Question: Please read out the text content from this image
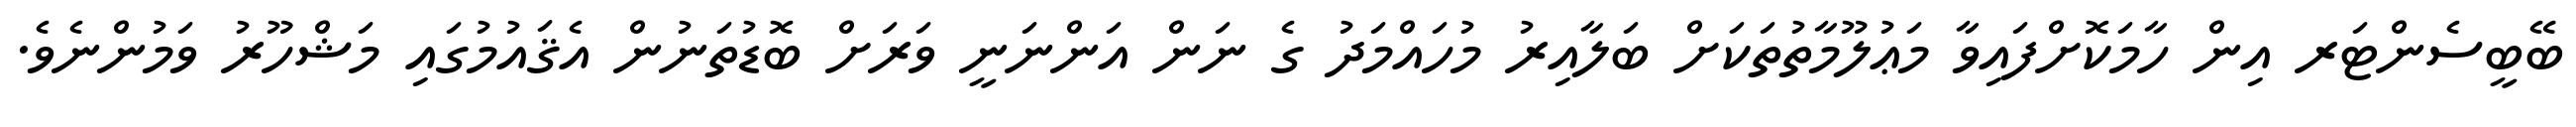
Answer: ބޭބީސެންޓަރ އިން ހާމަކޮށްފައިވާ މަޢުލޫމާތުތަކަށް ބަލާއިރު މުހައްމަދު ގެ ނަން އަންނަނީ ވަރަށް ބޮޑުތަނުން އެޤައުމުގައި މަޝްހޫރު ވަމުންނެވެ.